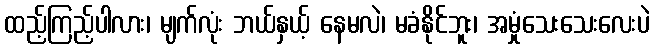
ထည့်ကြည့်ပါလား၊ မျက်လုံး ဘယ်နှယ့် နေမလဲ၊ မခံနိုင်ဘူး၊ အမှုံသေးသေးလေးပဲ